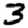
Digit: 3